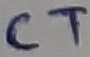
Text: CT